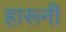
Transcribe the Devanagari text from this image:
हारूनी